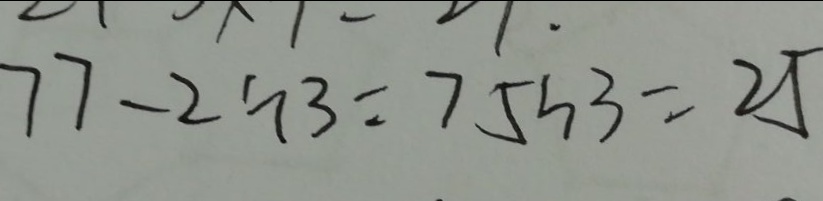
7 7 - 2 \div 3 = 7 5 \div 3 = 2 5